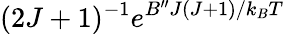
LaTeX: (2J+1)^{-1}e^{B^{\prime\prime}J(J+1)/k_{B}T}